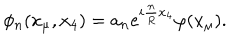
\phi _ { n } ( x _ { \mu } , x _ { 4 } ) = a _ { n } e ^ { i \frac { n } { R } x _ { 4 } } \varphi ( x _ { \mu } ) .